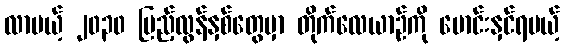
လာမယ့် ၂၀၃၀ ပြည့်လွန်နှစ်တွေမှာ တိုက်လေယာဉ်ကို မောင်းနှင်ရမယ့်